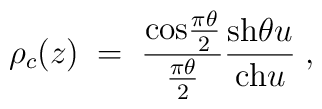
\rho_c(z)\;=\;{{\rm cos}{\pi\theta\over 2}\over {\pi\theta\over 2}}{{\rm sh}\theta u\over {\rm ch} u}\;,